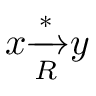
x { \xrightarrow [ { R } ] { * } } y